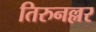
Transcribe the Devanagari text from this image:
तिरुनल्लर